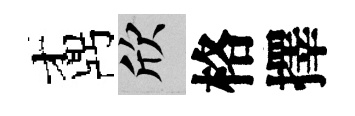
鼒欣格擇